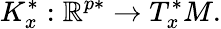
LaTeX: K_{x}^{*}:\mathbb{R}^{p*}\to T_{x}^{*}M.